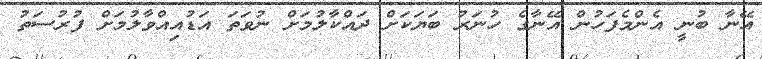
އޭނާ ބުނީ އެންމެފަހުން އޭނާގެ ހުނަރު ބަޔަކަށް ދައްކާލުމަށް ނުވަތަ އަޑުއިއްވާލުމަށް ފުރުސަތު